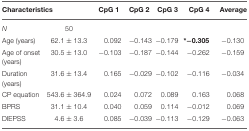
<table><thead><tr><td><b>Characteristics</b></td><td></td><td><b>CpG 1</b></td><td><b>CpG 2</b></td><td><b>CpG 3</b></td><td><b>CpG 4</b></td><td><b>Average</b></td></tr></thead><tbody><tr><td><i>N</i></td><td>50</td><td></td><td></td><td></td><td></td><td></td></tr><tr><td>Age (years)</td><td>62.1 ± 13.3</td><td>0.092</td><td>−0.143</td><td>−0.179</td><td><sup>*</sup>−<b>0.305</b></td><td>−0.130</td></tr><tr><td>Age of onset (years)</td><td>30.5 ± 13.0</td><td>−0.103</td><td>−0.187</td><td>−0.144</td><td>−0.262</td><td>−0.159</td></tr><tr><td>Duration (years)</td><td>31.6 ± 13.4</td><td>0.165</td><td>−0.029</td><td>−0.102</td><td>−0.116</td><td>−0.034</td></tr><tr><td>CP equation</td><td>543.6 ± 364.9</td><td>0.024</td><td>0.072</td><td>0.089</td><td>0.163</td><td>0.068</td></tr><tr><td>BPRS</td><td>31.1 ± 10.4</td><td>0.040</td><td>0.059</td><td>0.114</td><td>−0.012</td><td>0.069</td></tr><tr><td>DIEPSS</td><td>4.6 ± 3.6</td><td>0.085</td><td>−0.039</td><td>−0.113</td><td>−0.129</td><td>−0.063</td></tr></tbody></table>